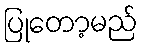
ပြုတော့မည်